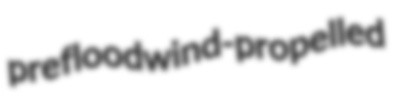
preflood wind-propelled